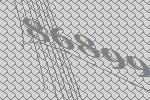
86899